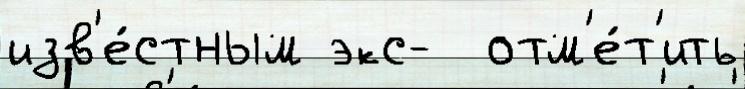
изв'е́стным экс-  отм'е́т'ить